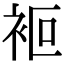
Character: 𧙅